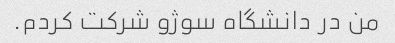
من در دانشگاه سوژو شرکت کردم.